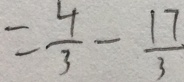
= \frac { 4 } { 3 } - \frac { 1 7 } { 3 }